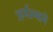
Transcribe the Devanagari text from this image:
जर्नल्सने